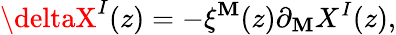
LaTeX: \deltaX^{I}(z)=-\xi^{\mathbf{M}}(z)\partial_{\mathbf{M}}X^{I}(z),